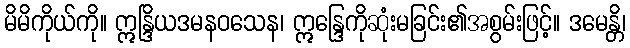
မိမိကိုယ်ကို။ ဣန္ဒြိယဒမနဝသေန၊ ဣန္ဒြေကိုဆုံးမခြင်း၏အစွမ်းဖြင့်။ ဒမေန္တိ၊